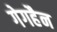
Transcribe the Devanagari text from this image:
गेगहैन